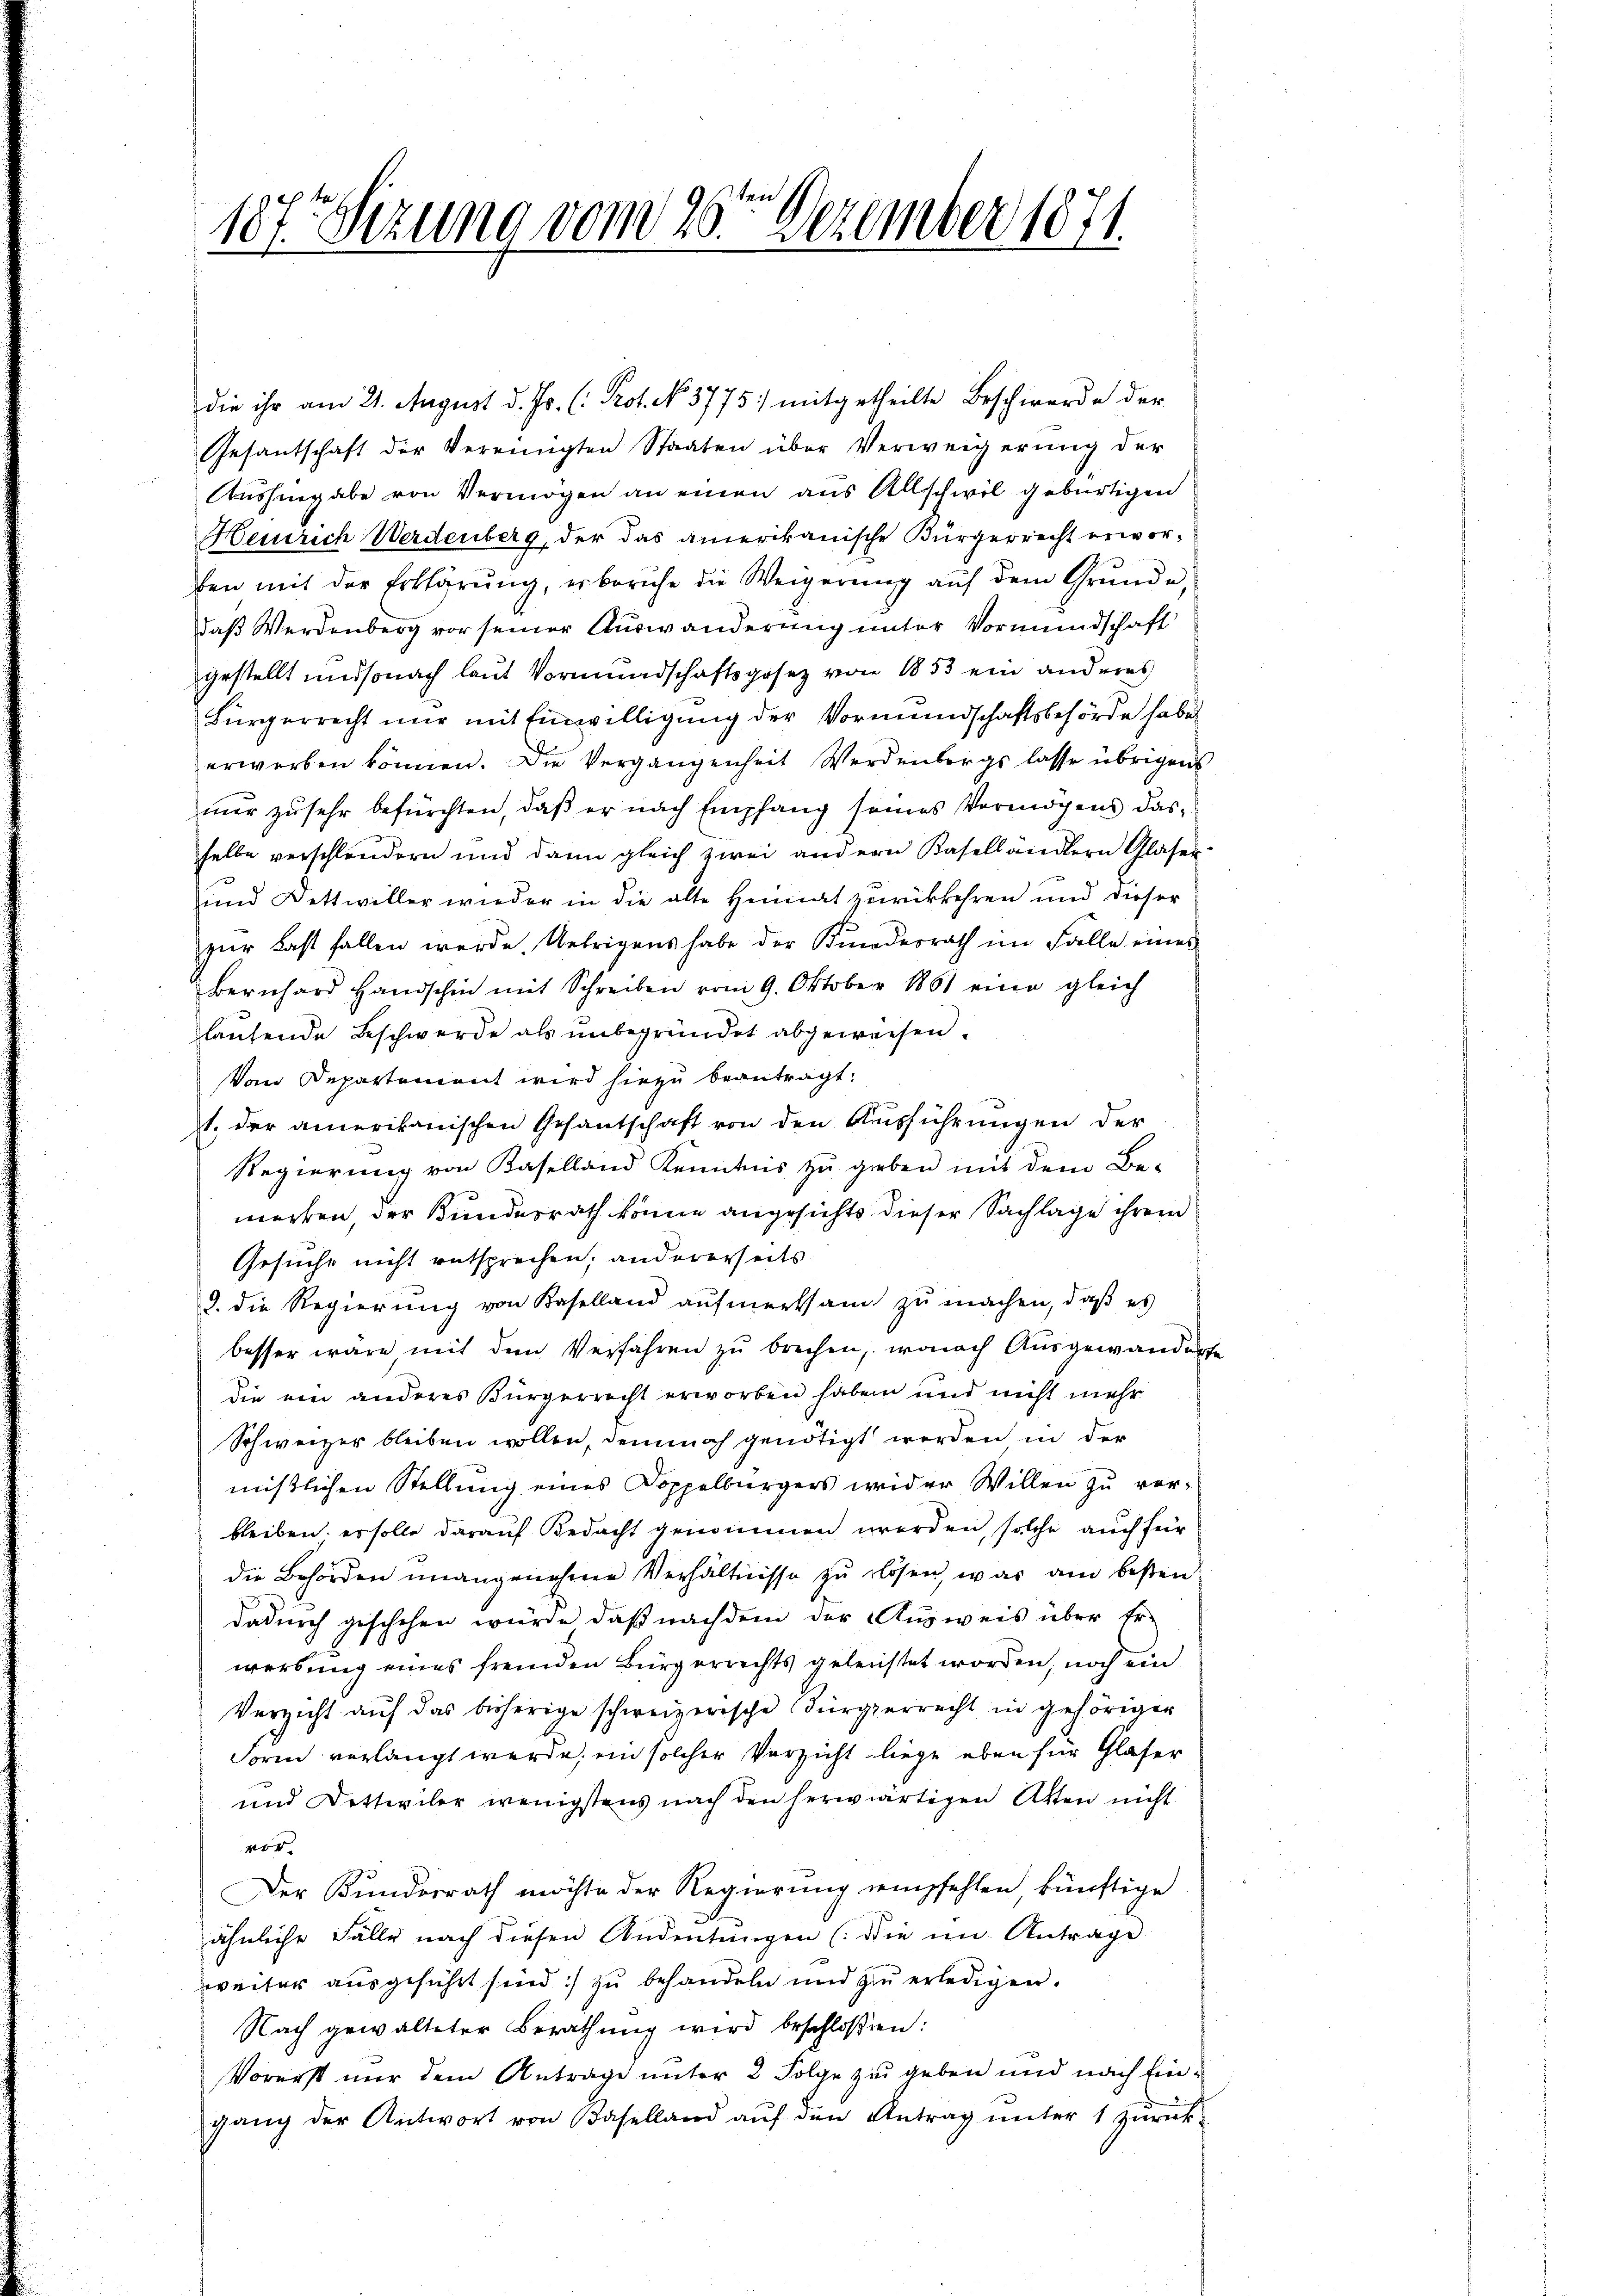
187. Sezung vom 26ten Dezember 1871.

die ihr am 21. August d. Js. (: Prot. No. 3775. mitgetheilte Beschwerde der
Gesantschaft der Vereinigten Staaten über Verweigerung der
Aushingabe von Vermögen an einen aus Allschwil gebürtigen
Henrich Werdenberg, der das amerikanische Bürgerrecht erworben mit der Erklärŭng, er beruhe die Weigerŭng aŭf dem Grŭnde,
daß Werdenberg vor seiner Auswanderung unter Vormundschaft
gestellt und sonach laut Vormundschaftsgesez von 1853 ein anderes
Bürgerrecht nur mit Einwilligung der Vormundschaftsbehörde habe
erwerben können. Die Vergangenheit Werdenbergs lasse übrigens
nur zu sehr befürchten, daß er nach Empfang seines Vermögens das
selbe verschländern und dann gleich zwei andern Basellandern Gläser
und Dettwiller wieder in die alte Heimat zurückkehren und dieser
zŭr Last fallen werde. Uebrigens habe der Kindesrath im Falle einer
Bernhard Handschin mit Schreiben vom 9. Oktober 1861 eine gleich
lautende Beschwerde als unbegründet abgeweisen.
Vom Departement wird hiezu beantragt.
t. der amerikanischen Gesantschaft von den Ausführungen der
Regierung von Baselland Kenntnis zu geben mit dem Be-
merken, der Bundesrath könne angesichts dieser Sachlage ihrem
Gesuche nicht entsprechen; andererseits
2. die Regierung von Kaselland aufmerksam zu machen, daß es
besser wäre mit dem Verfahren zŭ brechen, wonach Ausgewanderte
die ein anderes Bürgerrecht erworben haben und nicht mehr
Schweizer bleiben wollen, demnach genötigt werden in der
mistlichen Stellung eines Doppelbürgers wider Willen zŭ ver-
bleiben, es solle darauf Bedacht genommen werden, solche auch für
die Behörden unangenehme Verhältnisse zu lösen, war am bessen
dadurch geschehen würde, daß nachdem der Ausweis über Er-
werbung eines fremden Bürgerrechts geleistet worden, noch ein
Verzicht auf das bisherige schweizerische Bürgerrecht in gehöriger
Form verlangt werde, ein solcher Verzicht liege eben für Glaser
und Dettwiler wenigstens nach den herwärtigen Akten nicht
vor
Der Kundesrath möchte der Regierung empfehlen künftige
ähnliche Fälle nach diesen Andeutungen (die im Antrage
weiter ausgeführt sind :/ zu behandeln und zŭ erledigen.
Nach gewalteter Berathung wird beschloßen:
Vorerst nur dem Antrage unter 2 Folge zu geben und nach Eingang der Antwort von Baselland aŭf den Antrag ŭnter 1 zurück-